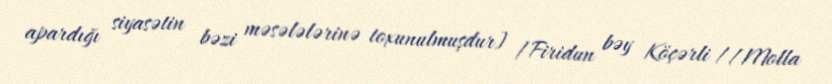
apardığı siyasətin bəzi məsələlərinə toxunulmuşdur] /Firidun bəy Köçərli //Molla